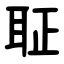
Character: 聇